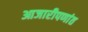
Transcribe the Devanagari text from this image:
आजारीपणांत